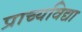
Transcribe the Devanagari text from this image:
प्राच्‍यविद्या